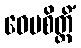
ဝေပစိတ္တိံ